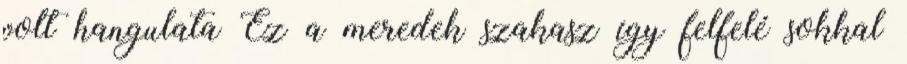
volt hangulata Ez a meredek szakasz így felfelé sokkal